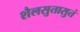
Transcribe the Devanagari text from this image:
शैलसुतासुतं